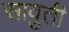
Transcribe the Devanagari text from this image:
सावुती